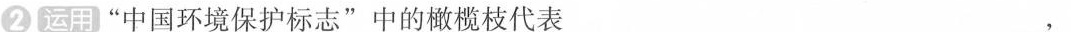
2 运用 “中国环境保护标志”中的橄榄枝代表___,